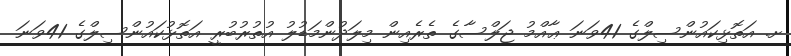
ށ. އަތޮޅިކައުންސިލްގެ 41ވަނަ ޢާއްމު ޖަލްސާގެ ތެރެއިން މިލަދުންމަޑުލު އުތުރުބުރީ އަތޮޅުކައުންސިލްގެ 41ވަނަ